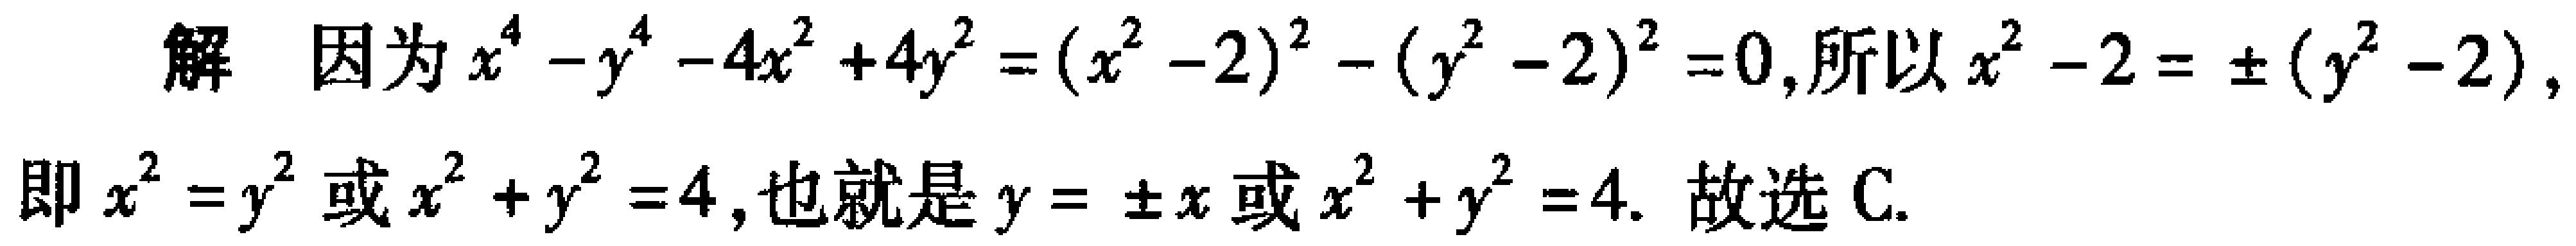
解 因为\(x^{4}-y^{4}-4x^{2}+4y^{2}=(x^{2}-2)^{2}-(y^{2}-2)^{2}=0\)，所以\(x^{2}-2=\pm(y^{2}-2)\)，即\(x^{2}=y^{2}\)或\(x^{2}+y^{2}=4\)，也就是\(y = \pm x\)或\(x^{2}+y^{2}=4\). 故选C.